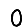
Digit: 0